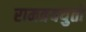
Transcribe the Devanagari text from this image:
रामत्रययुतो